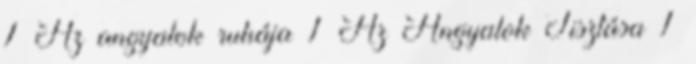
1 Az angyalok ruhája 1 Az Angyalok Tisztása 1